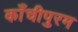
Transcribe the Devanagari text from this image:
काँचीपुरम